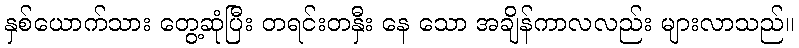
နှစ်ယောက်သား တွေ့ဆုံပြီး တရင်းတနှီး နေ သော အချိန်ကာလလည်း များလာသည်။